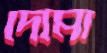
দেমো